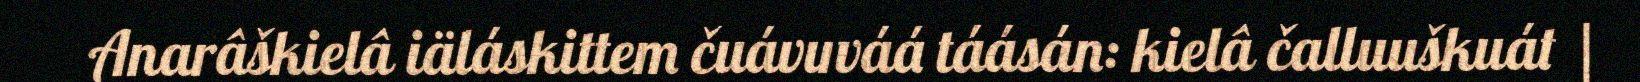
Anarâškielâ iäláskittem čuávuváá táásán: kielâ čalluuškuát |